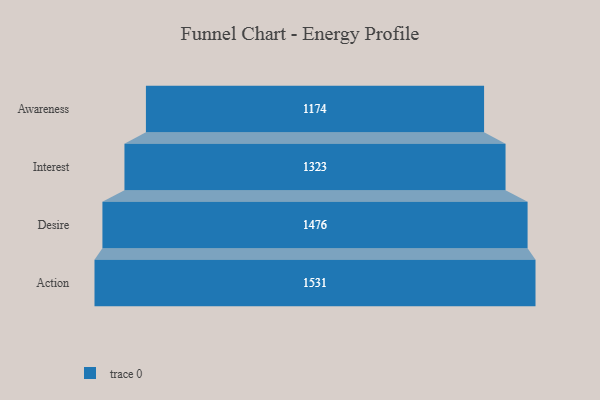
{"axis": {"x": "Stage", "y": "Value"}, "legend": [""], "data": [{"x": "Awareness", "y": 1174.0, "type": ""}, {"x": "Interest", "y": 1323.0, "type": ""}, {"x": "Desire", "y": 1476.0, "type": ""}, {"x": "Action", "y": 1531.0, "type": ""}]}